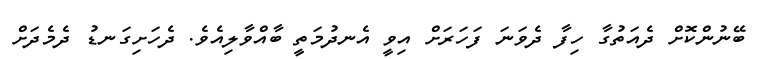
ބޭނުންކޮށް ދެއަތުގާ ހިފާ ދެވަނަ ފަހަރަށް އިވީ އެނދުމަތީ ބާއްވާލިއެވެ. ދެހަށިގަނޑު ދެމެދަށް